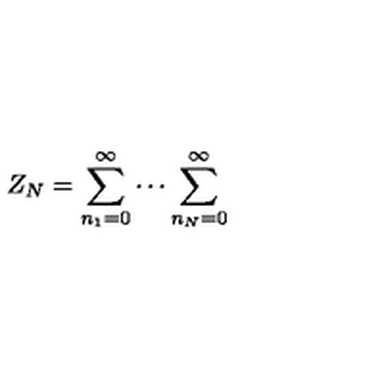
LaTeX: Z _ { N } = \sum _ { n _ { 1 } = 0 } ^ { \infty } \cdots \sum _ { n _ { N } = 0 } ^ { \infty } \,